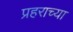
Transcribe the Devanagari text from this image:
प्रहराच्या